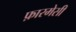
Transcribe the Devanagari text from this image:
फ़ारमेसी